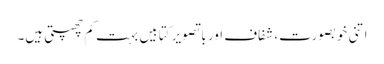
اتنی خوبصورت، شفاف اور با تصویر کتابیں بہت کم چھپتی ہیں۔